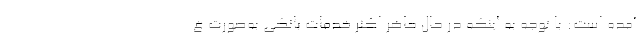
آمده است: با توجه به اینکه در حال حاضر اکثر خدمات بانکی به‌صورت غ